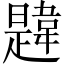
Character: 韙